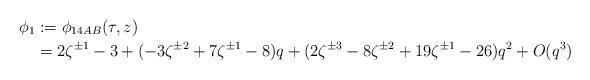
LaTeX: \begin{align*} \phi_1 &:= \phi_{14AB}(\tau, z) \\ &= 2 \zeta^{\pm 1} - 3 + (-3\zeta^{\pm 2} + 7 \zeta^{\pm 1} - 8) q + (2 \zeta^{\pm 3} - 8 \zeta^{\pm 2} + 19 \zeta^{\pm 1} - 26)q^2 +O(q^3) \end{align*}